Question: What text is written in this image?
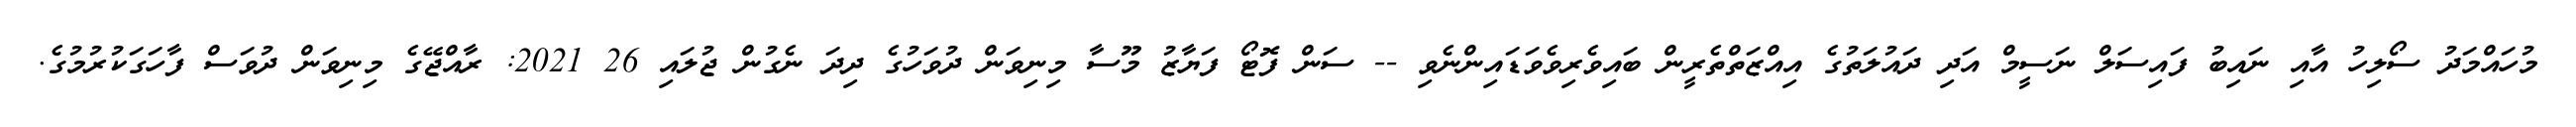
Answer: މުހައްމަދު ސޯލިހު އާއި ނައިބު ފައިސަލް ނަސީމް އަދި ދައުލަތުގެ އިއްޒަތްތެރީން ބައިވެރިވެވަޑައިންނެވި -- ސަން ފޮޓޯ ފަޔާޒު މޫސާ މިނިވަން ދުވަހުގެ ދިދަ ނެގުން ޖުލައި 26 2021: ރާއްޖޭގެ މިނިވަން ދުވަސް ފާހަގަކުރުމުގެ.